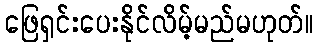
ဖြေရှင်းပေးနိုင်လိမ့်မည်မဟုတ်။